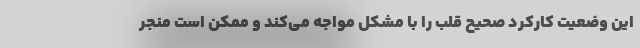
این وضعیت کارکرد صحیح قلب را با مشکل مواجه می‌کند و ممکن است منجر